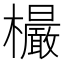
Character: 𣠨